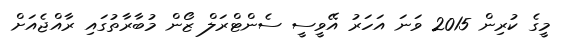
މީގެ ކުރިން 2015 ވަނަ އަހަރު އޭވީސީ ސެންޓްރަލް ޒޯން މުބާރާތުގައި ރާއްޖެއަށް